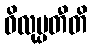
ဝိလုပ္ပတီတိ